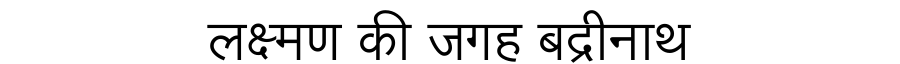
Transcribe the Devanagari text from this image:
लक्ष्मण की जगह बद्रीनाथ